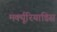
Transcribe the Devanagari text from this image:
मर्क्यूरियाडिस